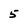
Character: 5